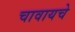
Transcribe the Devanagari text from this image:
चावायचे